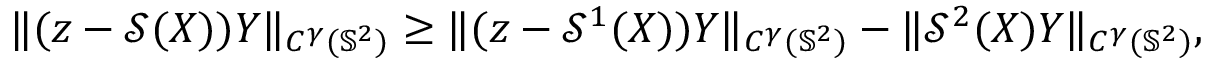
\begin{array} { r } { \| ( z - \mathcal { S } ( \boldsymbol { X } ) ) \boldsymbol { Y } \| _ { C ^ { \gamma } ( \mathbb { S } ^ { 2 } ) } \geq \| ( z - \mathcal { S } ^ { 1 } ( \boldsymbol { X } ) ) \boldsymbol { Y } \| _ { C ^ { \gamma } ( \mathbb { S } ^ { 2 } ) } - \| \mathcal { S } ^ { 2 } ( \boldsymbol { X } ) \boldsymbol { Y } \| _ { C ^ { \gamma } ( \mathbb { S } ^ { 2 } ) } , } \end{array}